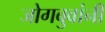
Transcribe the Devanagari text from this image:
जोगबुवांनी